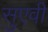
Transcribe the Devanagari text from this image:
सुएवी